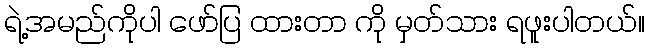
ရဲ့အမည်ကိုပါ ဖော်ပြ ထားတာ ကို မှတ်သား ရဖူးပါတယ်။